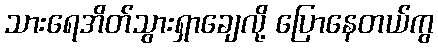
သားရေအိတ်သွားရှာချေလို့ ပြောနေတယ်ကွ